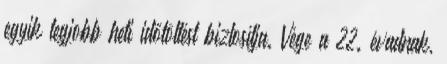
egyik legjobb heti időtöltést biztosítja. Vége a 22. évadnak,